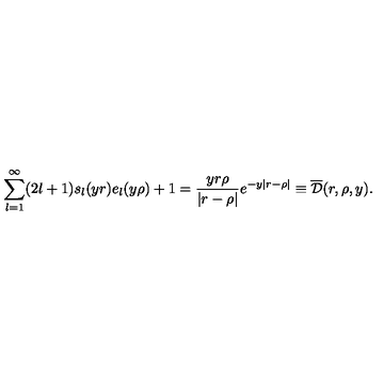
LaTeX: \sum _ { l = 1 } ^ { \infty } ( 2 l + 1 ) s _ { l } ( y r ) e _ { l } ( y \rho ) + 1 = \frac { y r \rho } { | r - \rho | } e ^ { - y | r - \rho | } \equiv \overline { { \cal D } } ( r , \rho , y ) { . }